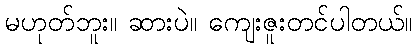
မဟုတ်ဘူး။ ဆားပဲ။ ကျေးဇူးတင်ပါတယ်။